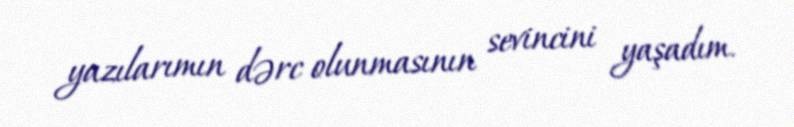
yazılarımın dərc olunmasının sevincini yaşadım.